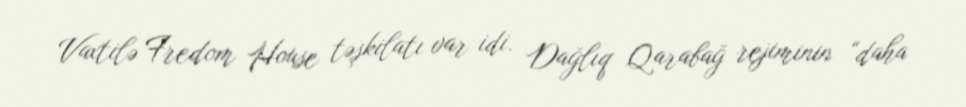
Vaxtilə Fredom House təşkilatı var idi. Dağlıq Qarabağ rejiminin “daha